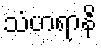
သံဟရာနိ